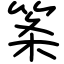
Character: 筿